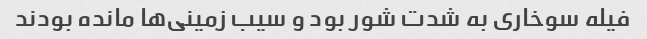
فیله سوخاری به شدت شور بود و سیب زمینی‌ها مانده بودند